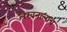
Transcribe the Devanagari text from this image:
लेखनालाच